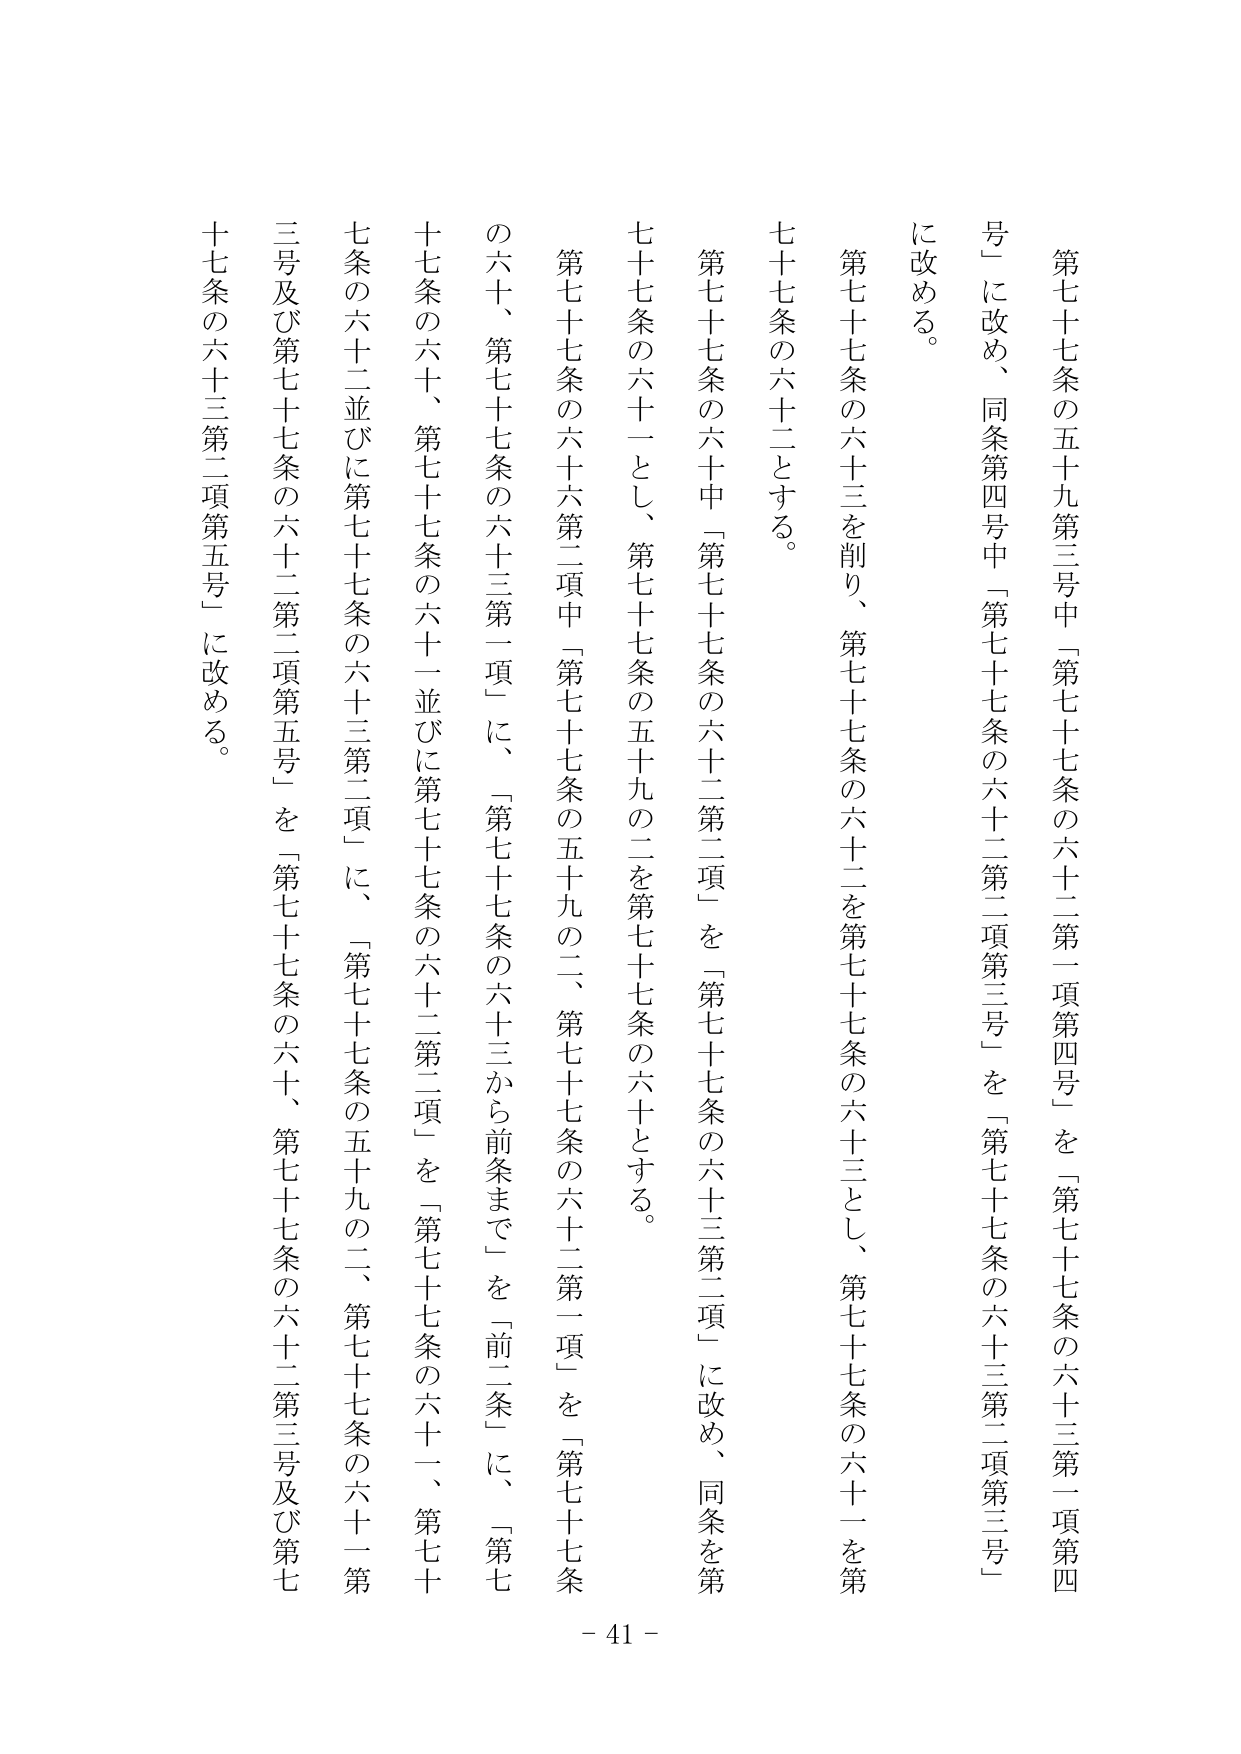
第七十七条の五十九第三号中「第七十七条の六十二第二項第四号」を「第七十七条の六十三第二項第四号」に改め、同条第四号中「第七十七条の六十二第二項第三号」を「第七十七条の六十三第二項第三号」に改める。

第七十七条の六十三を削り、第七十七条の六十二を第七十七条の六十三とし、第七十七条の六十一を第七十七条の六十二とする。

第七十七条の六十中「第七十七条の六十二第二項」を「第七十七条の六十三第二項」に改め、同条を第七十七条の六十一とし、第七十七条の五十九の二を第七十七条の六十とする。

第七十七条の六十六第二項中「第七十七条の五十九の二、第七十七条の六十二第一項」を「第七十七条の六十、第七十七条の六十三第一項」に、「第七十七条の六十三から前条まで」を「前二条」に、「第七十七条の六十、第七十七条の六十一並びに第七十七条の六十二第二項」を「第七十七条の六十一、第七十七条の六十二並びに第七十七条の六十三第二項」に、「第七十七条の五十九の二、第七十七条の六十二第二項第五号」を「第七十七条の六十、第七十七条の六十二第三号及び第七十七条の六十三第二項第五号」に改める。

- 41 -